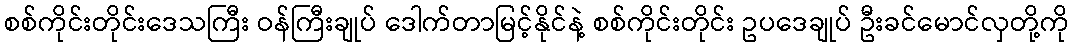
စစ်ကိုင်းတိုင်းဒေသကြီး ဝန်ကြီးချုပ် ဒေါက်တာမြင့်နိုင်နဲ့ စစ်ကိုင်းတိုင်း ဥပဒေချုပ် ဦးခင်မောင်လှတို့ကို